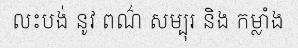
លះបង់ នូវ ពណ៌ សម្បុរ និង កម្លាំង